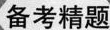
备考精题